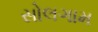
સોલગામ